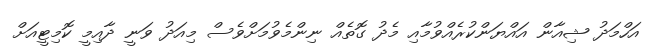
އަހްމަދު ޝިއާން އައްޔަންކުރެއްވުމާއި މެދު ގޮތެއް ނިންމެވުމަށްވެސް މިއަދު ވަނީ ދާއިމީ ކޮމިޓީއަށް